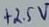
Text: +2.5V